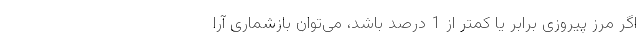
اگر مرز پیروزی برابر یا کمتر از 1 درصد باشد، می‌توان بازشماری آرا